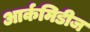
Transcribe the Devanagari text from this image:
आर्कमिडीज